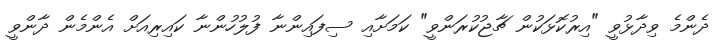
ދެންމެ ވިދާޅުވީ "އިރުކޮޅަކުން ޗާޖުކުރަންވީ" ކަމަށާއި ސިފައިންނާ ފުލުހުންނާ ކައިރިއަށް އެންމެން ދާންވީ